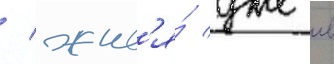
/ жив'я́ уже в